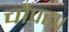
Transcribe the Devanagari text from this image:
चौपटा।